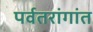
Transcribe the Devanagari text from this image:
पर्वतरांगांत